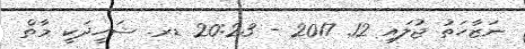
ނަޒާހަތު ޖުލައި 12